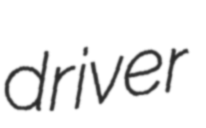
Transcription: driver